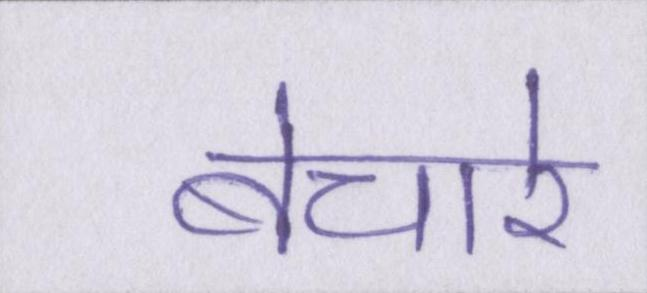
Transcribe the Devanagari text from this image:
बेचारे